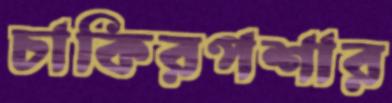
চাকিরপশার